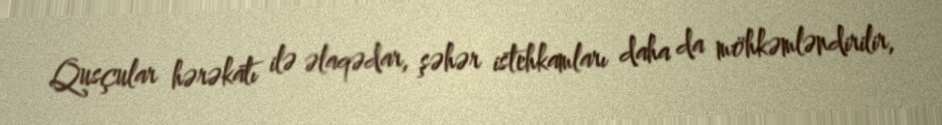
Qusçular hərəkatı ilə əlaqədar, şəhər istehkamları daha da möhkəmləndirilir,